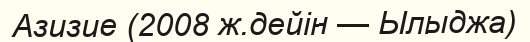
Азизие (2008 ж.дейін — Ылыджа)